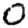
Digit: 0